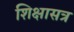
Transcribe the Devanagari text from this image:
शिक्षासत्र